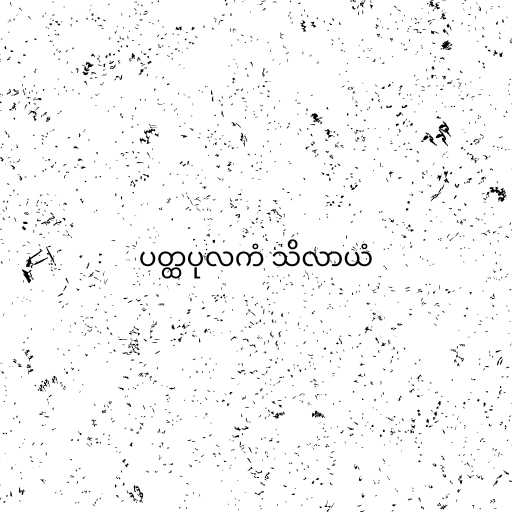
ပတ္ထပုလကံ သိလာယံ